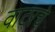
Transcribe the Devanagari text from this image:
वाटरचे